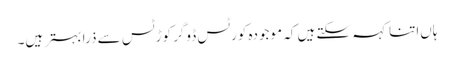
ہاں‌اتنا کہہ سکتے ہیں‌ کہ موجودہ کورٹس ڈوگر کوڑٹس سے ذرا بہتر ہیں۔